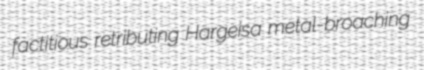
factitious retributing Hargeisa metal-broaching